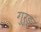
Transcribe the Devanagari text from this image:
गुरुङ्